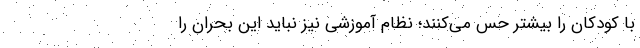
با کودکان را بیشتر حس می‌کنند؛ نظام آموزشی نیز نباید این بحران را